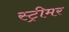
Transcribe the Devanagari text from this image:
स्ट्रीमर